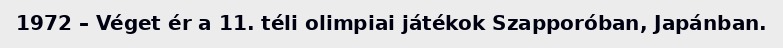
1972 – Véget ér a 11. téli olimpiai játékok Szapporóban, Japánban.